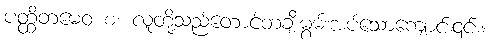
ပတ္ထိတမေဝ စ၊ လူတို့သည်တောင့်တချီးမွမ်းအပ်သောကျောင်း၎င်း။